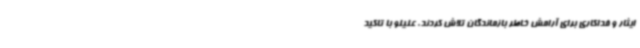
ایثار و فداکاری برای آرامش خاطر بازماندگان تلاش کردند. علیلو با تاکید